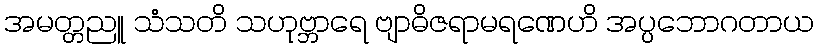
အမတ္တညူ သံသတိ သဟုဗ္ဘာရေ ဗျာဓိဇရာမရဏေဟိ အပ္ပဘောဂတာယ